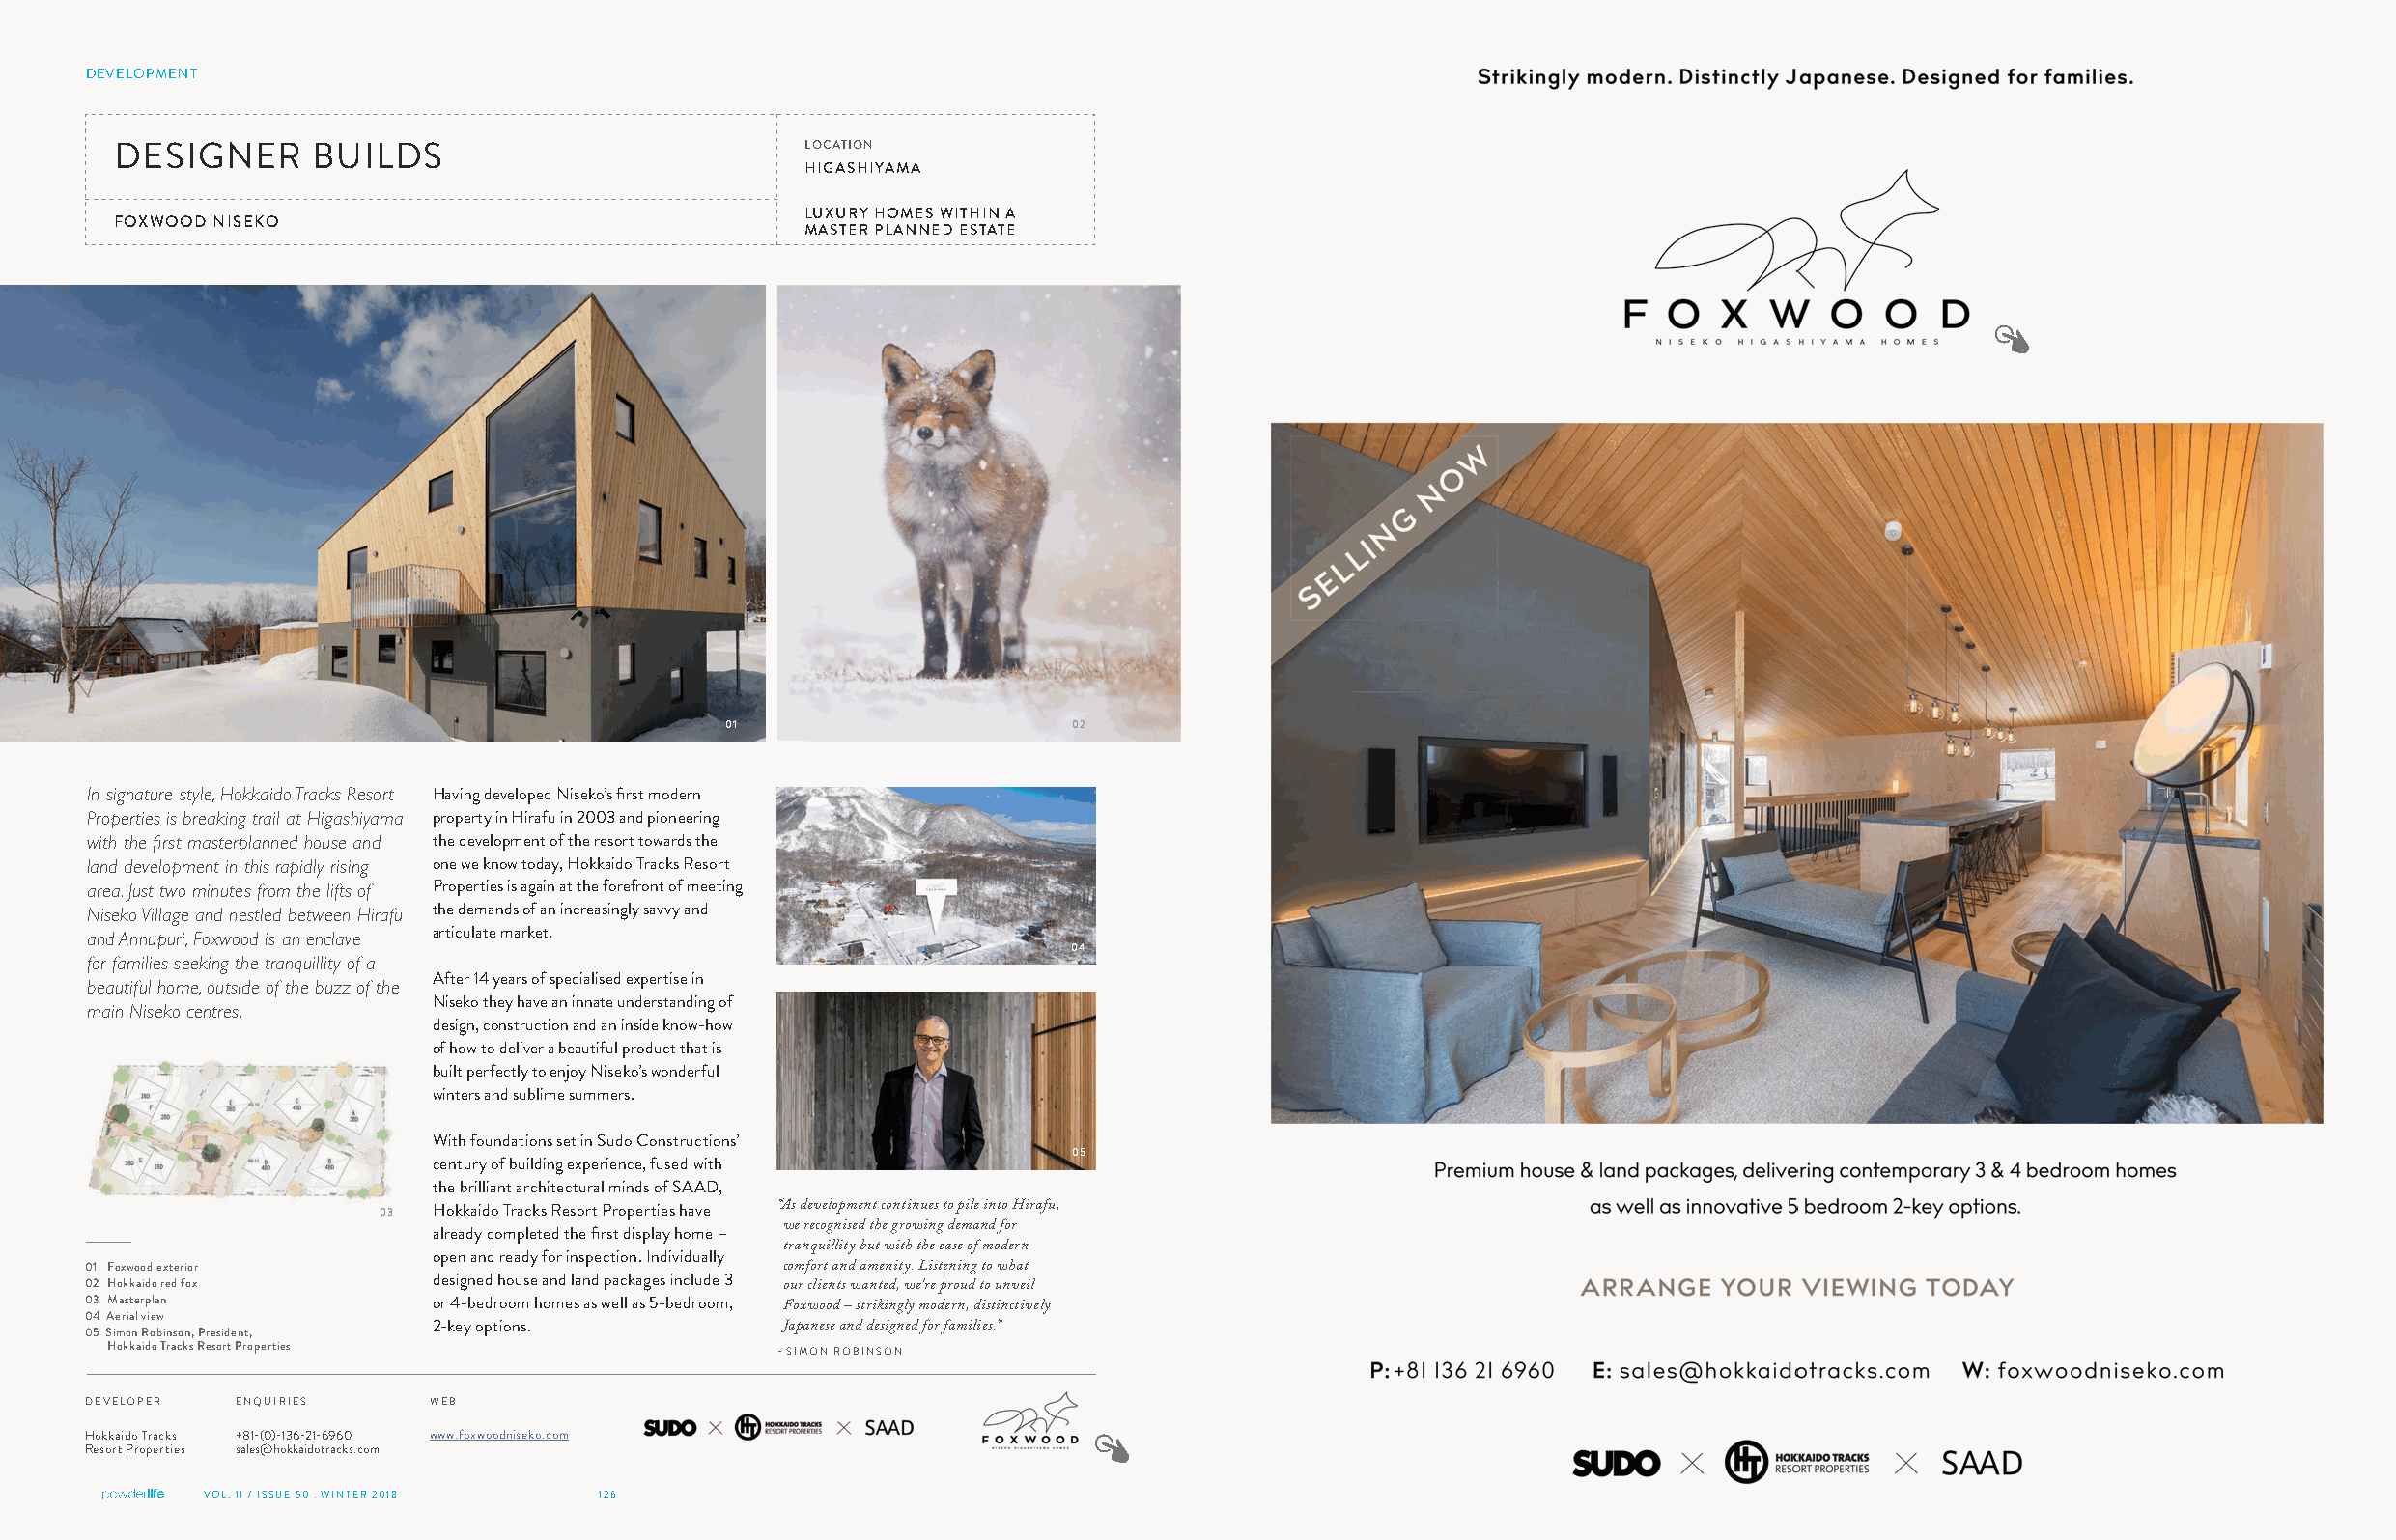
DEVELOPMENT
 DESIGNER     BUILDS                            LOCATION
 HIGASHIYAMA
 LUXURY HOMES WITHIN A
 FOXWOOD NISEKO
 MASTER PLANNED ESTATE
 01                     02
 In signature style, Hokkaido Tracks Resort Having developed Niseko’s first modern
 Properties is breaking trail at Higashiyama property in Hirafu in 2003 and pioneering
 with the first masterplanned house and the development of the resort towards the
 land development in this rapidly rising one we know today, Hokkaido Tracks Resort
 area. Just two minutes from the lifts of Properties is again at the forefront of meeting
 Niseko Village and nestled between Hirafu the demands of an increasingly savvy and
 and Annupuri, Foxwood is an enclave articulate market.
 04
 for families seeking the tranquillity of a
 beautiful home, outside of the buzz of the After 14 years of specialised expertise in
 Niseko they have an innate understanding of
 main Niseko centres.
 design, construction and an inside know-how
 of how to deliver a beautiful product that is
 built perfectly to enjoy Niseko’s wonderful
 winters and sublime summers.
 With foundations set in Sudo Constructions’
 05
 century of building experience, fused with
 the brilliant architectural minds of SAAD,
 03  Hokkaido Tracks Resort Properties have “As development continues to pile into Hirafu,
 already completed the first display home – we recognised the growing demand for
 tranquillity but with the ease of modern
 open and ready for inspection. Individually
 01 Foxwood exterior                             comfort and amenity. Listening to what
 02 Hokkaido red fox     designed house and land packages include 3 our clients wanted, we're proud to unveil
 03 Masterplan           or 4-bedroom homes as well as 5-bedroom,
 Foxwood – strikingly modern, distinctively
 04 Aerial view
 05 Simon Robinson, President, 2-key options.    Japanese and designed for families.”
 Hokkaido Tracks Resort Properties             - SIMON ROBINSON
 DEVELOPER ENQUIRIES    WEB
 Hokkaido Tracks +81-(0)-136-21-6960 www.foxwoodniseko.com
 Resort Properties sales@hokkaidotracks.com
 VOL. 11 / ISSUE 50 . WINTER 2018 126